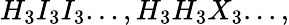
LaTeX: H_{3}I_{3}I_{3}...,H_{3}H_{3}X_{3}...,